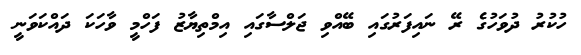
ހުކުރު ދުވަހުގެ ރޭ ނައިފަރުގައި ބޭއްވި ޖަލްސާގައި އިމްތިޔާޒު ފަހްމީ ވާހަކަ ދައްކަވަނީ